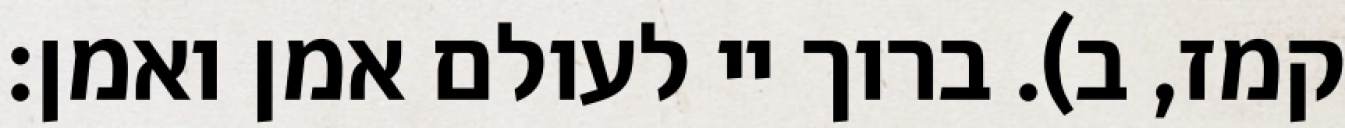
קמז, ב). ברוך יי לעולם אמן ואמן: